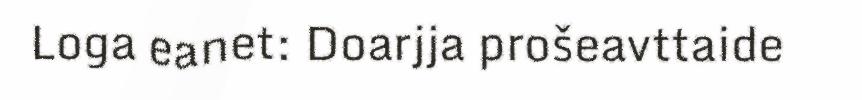
Loga eanet: Doarjja prošeavttaide